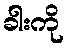
ခါးကို